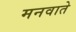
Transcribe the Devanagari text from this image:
मनवाते